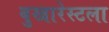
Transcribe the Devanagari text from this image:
बुखारेस्टला